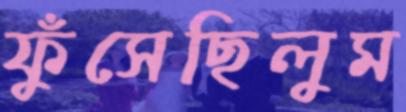
ফুঁসেছিলুম